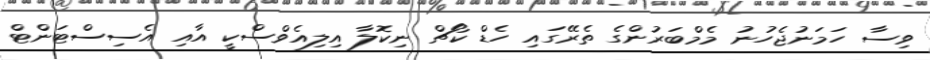
ވިސާ ހަމަނުޖެހުނު މެމްބަރުންގެ ތެރޭގައި ހެޑް ކޯޗް ނިކޮލާ އިލިއެވްސްކީ އާއި އެސިސްޓަންޓް